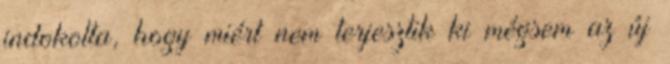
indokolta, hogy miért nem terjesztik ki mégsem az új